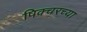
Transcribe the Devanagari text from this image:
पिक्चरच्या